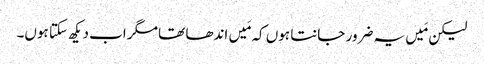
‏ لیکن مَیں یہ ضرور جانتا ہوں کہ مَیں اندھا تھا مگر اب دیکھ سکتا ہوں۔